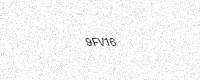
Text: 9FV16